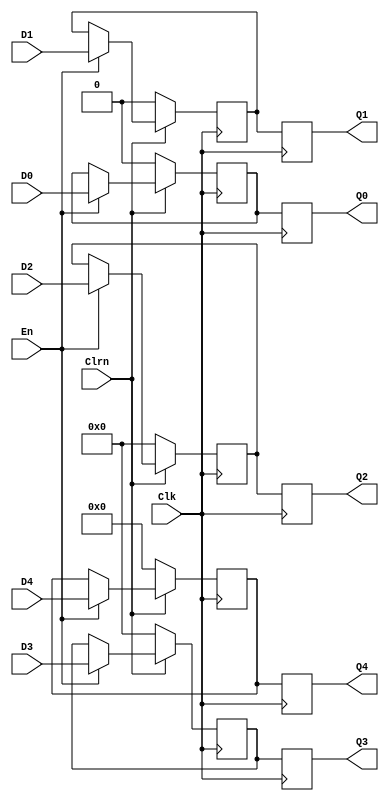
module REGmemwb(D0,D1,D2,D3,D4,En,Clk,Clrn,Q0,Q1,Q2,Q3,Q4);
input D0,D1;
input [31:0] D2,D3;
input [4:0] D4;
input En,Clk,Clrn;

output reg Q0,Q1;
output reg [31:0] Q2,Q3;
output reg [4:0] Q4;

//reg
reg reg0,reg1;
reg [31:0] reg2,reg3;
reg [4:0] reg4;
//assign

//logical

initial begin
    reg0= 0;reg1= 0;reg2= 0;
    reg3= 0;reg4= 0;
end

always @(posedge Clk) begin
    Q0= reg0;Q1= reg1;
    Q2= reg2;Q3= reg3;
    Q4= reg4;
end


always @(negedge Clk) begin
    //Clrn == 00
    if (Clrn == 0) begin
        reg0= 0;reg1= 0;reg2= 0;
        reg3= 0;reg4= 0;
    end
    //En == 1
    else if(En == 1) begin
        reg0= D0;reg1= D1;reg2= D2;
        reg3= D3;reg4= D4;
    end
    //En == 0 
end
endmodule